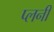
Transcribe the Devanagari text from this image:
प्लनी